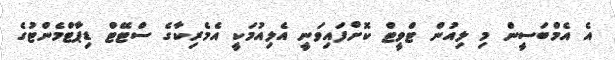
އެ އެމްބަސީން މި ލިއުން ޓްވީޓް ކޮށްފައިވަނީ އެލިއުމަކީ އެމެރިކާގެ ސްޓޭޓް ޑިޕާޓްމެންޓުގެ